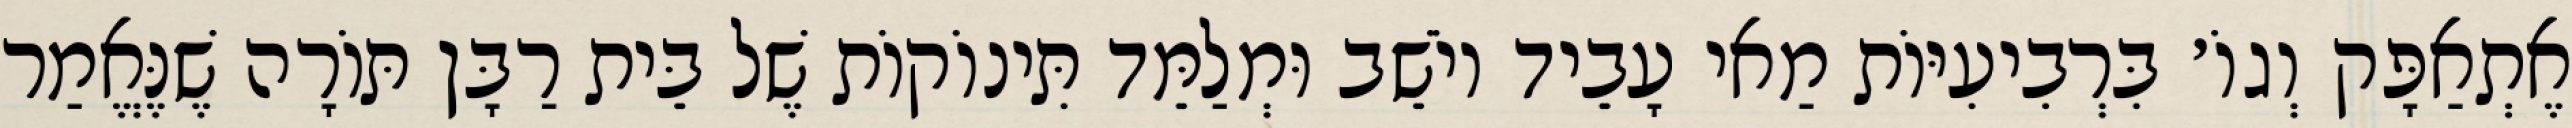
אֶתְאַפָּק וְגוֹ׳ בִּרְבִיעִיּוֹת מַאי עָבֵיד יוֹשֵׁב וּמְלַמֵּד תִּינוֹקוֹת שֶׁל בֵּית רַבָּן תּוֹרָה שֶׁנֶּאֱמַר